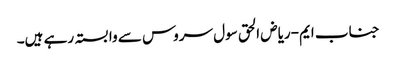
جناب ایم-ریاض الحق سول سروس سے وابستہ رہے ہیں۔